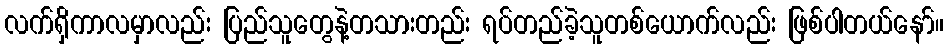
လက်ရှိကာလမှာလည်း ပြည်သူတွေနဲ့တသားတည်း ရပ်တည်ခဲ့သူတစ်ယောက်လည်း ဖြစ်ပါတယ်နော်။